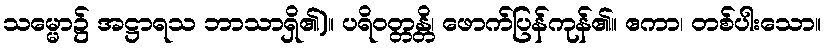
သမ္မော၌ အဋ္ဌာရသ ဘာသာရှိ၏)။ ပရိဝတ္တန္တိ၊ ဖောက်ပြန်ကုန်၏။ ဧကာ၊ တစ်ပါးသော။